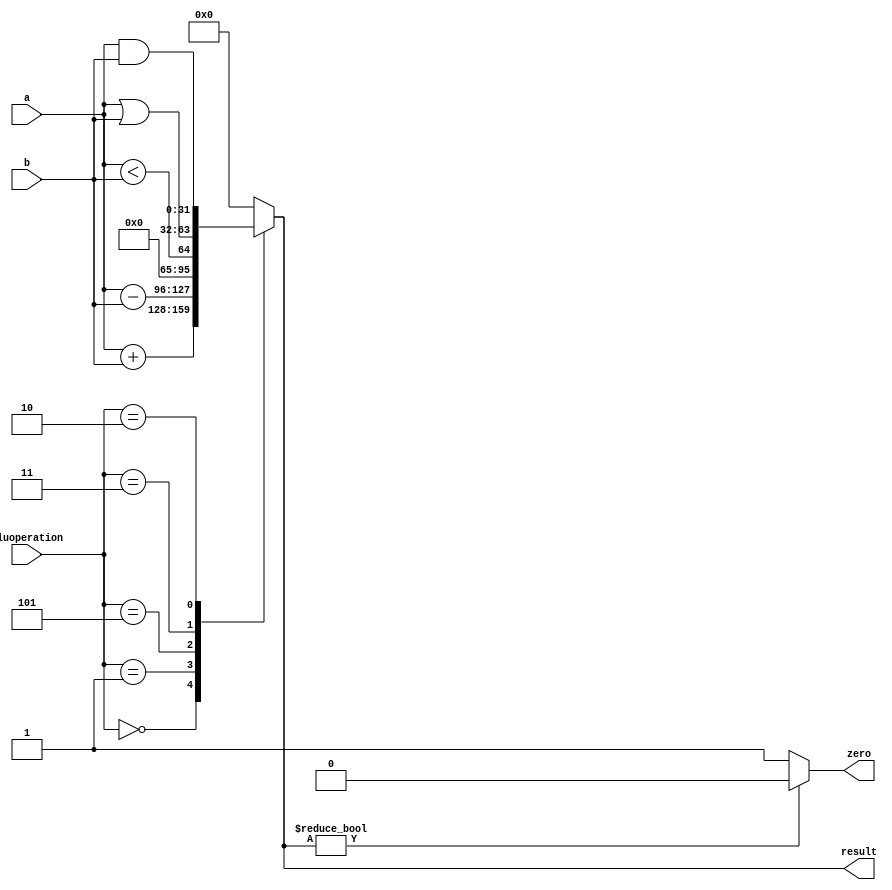
module alu(a,b,aluoperation,zero,result);
input [31:0] a,b;
input [2:0]aluoperation;
output zero;
reg zero;
output [31:0] result;
reg [31:0] result;
  always @ (a or b or aluoperation)
begin
 case(aluoperation)
 3'b000: result=a+b;
 3'b001: result=a-b;
 3'b101: result=a<b;
 3'b011: result=a|b;
 3'b010: result=a&b;
 default: result=3'b0;
 endcase
end
always @ (result)
begin 
 if (result)
 zero = 0;
 else
 zero = 1;
end
endmodule